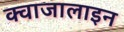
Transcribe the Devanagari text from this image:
क्वाजालाइन